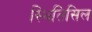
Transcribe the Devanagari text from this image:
स्थितिसिल